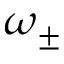
\omega _ { \pm }